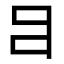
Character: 𤕪